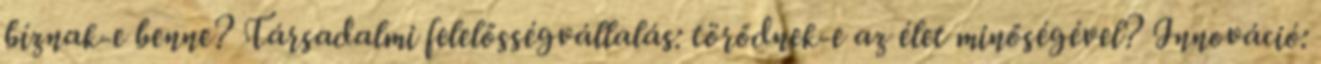
bíznak-e benne? Társadalmi felelősségvállalás: törődnek-e az élet minőségével? Innováció: